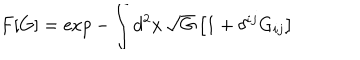
F [ G ] = \exp - \int d ^ { 2 } x \, \sqrt G \left[ 1 + \delta ^ { i j } G _ { i j } \right]